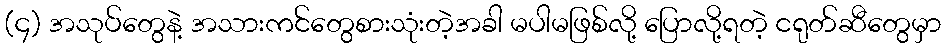
(၄) အသုပ်တွေနဲ့ အသားကင်တွေစားသုံးတဲ့အခါ မပါမဖြစ်လို့ ပြောလို့ရတဲ့ ငရုတ်ဆီတွေမှာ